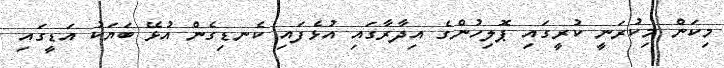
މިކަން މިކުރަނީ ކުރީގައި ޕޮލިހުންގެ އިދާރާގައި އުޅެފައި ކެނޑިގެން އުޅޭ ބަޔަކު އަޑީގައި